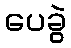
ပေခွဲ